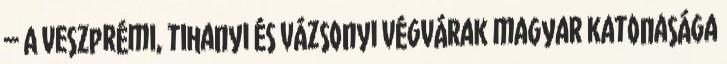
– A veszprémi, ti­hanyi és vázsonyi végvárak magyar katonasága